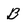
Character: B